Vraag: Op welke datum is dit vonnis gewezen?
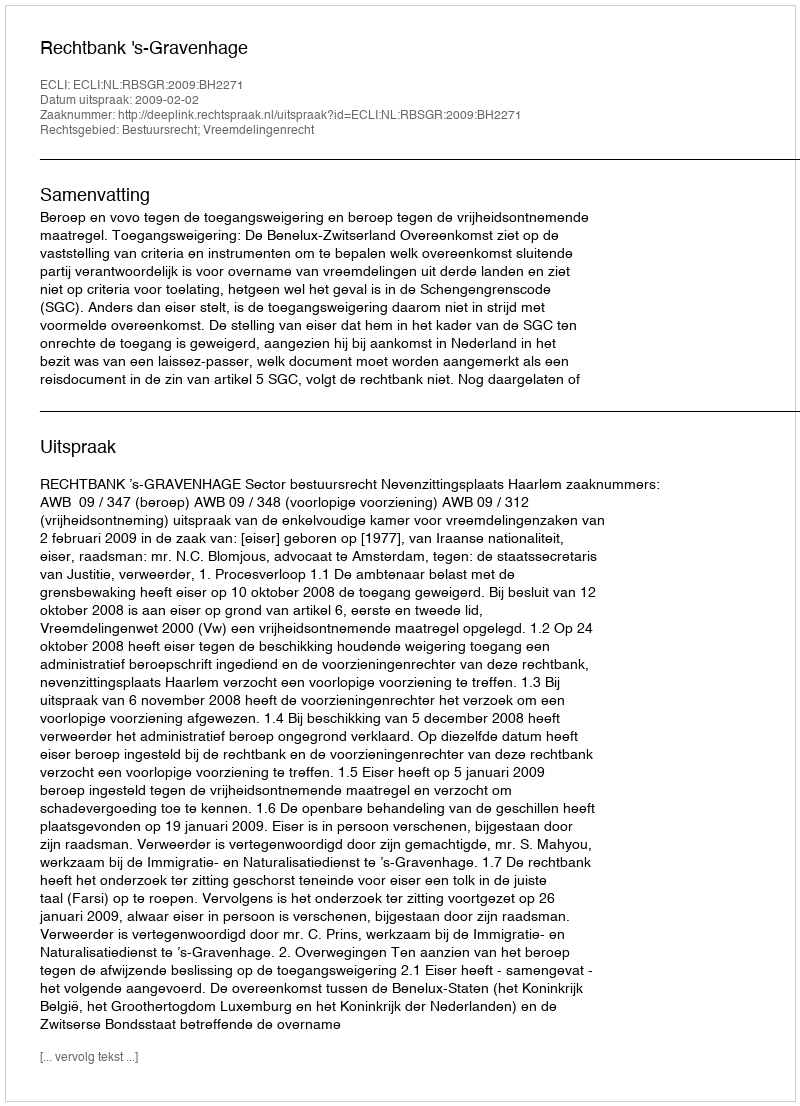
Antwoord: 2009-02-02